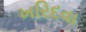
ખરિદવા